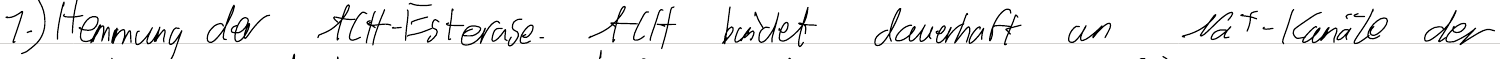
1.) Hemmung der ACH-Esterase. ACH bindet dauerhaft an Na+-Kanäle der